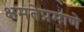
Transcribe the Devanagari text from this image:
क्षमतेप्रमाणे